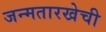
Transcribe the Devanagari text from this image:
जन्मतारखेची